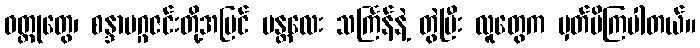
ဝတ္ထုတွေ၊ စန္ဒာမဂ္ဂဇင်းတို့အပြင် မန္တလေး သင်္ကြန်နဲ့ တွဲပြီး လူတွေက မှတ်မိကြပါတယ်။